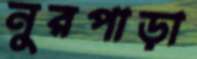
নুরপাড়া